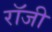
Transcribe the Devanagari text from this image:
राॅजी